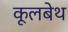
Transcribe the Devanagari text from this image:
कूलबेथ